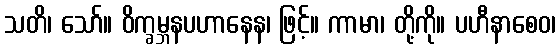
သတိ၊ သော်။ ဝိက္ခမ္ဘနပဟာနေန၊ ဖြင့်။ ကာမာ၊ တို့ကို။ ပဟီနာစေဝ၊